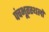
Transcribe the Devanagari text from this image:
पंचभूतस्थलों